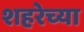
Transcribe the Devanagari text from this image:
शहरेच्या